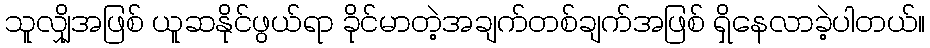
သူလျှိုအဖြစ် ယူဆနိုင်ဖွယ်ရာ ခိုင်မာတဲ့အချက်တစ်ချက်အဖြစ် ရှိနေလာခဲ့ပါတယ်။